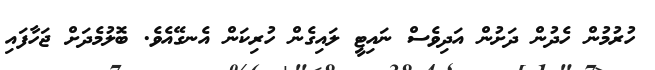
ހުރުމުން ހެދުން ދަށުން އަދިވެސް ނައިޓީ ލައިގެން ހުރިކަން އެނގޭއެވެ. ބޮލުމެދަށް ޖަހާފައި